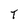
Character: T